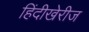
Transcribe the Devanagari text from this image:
हिंदीखेरीज